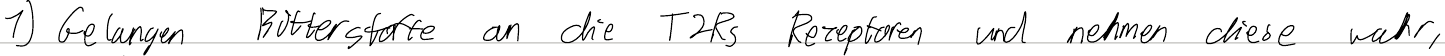
1) Gelangen Bitterstoffe an die T2Rs Rezeptoren und nehmen diese wahr,